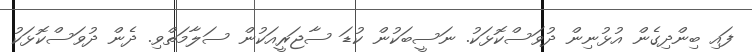
ފައި ބިންދިގެން އުޅުނިން ދުވަސްކޮޅަކު. ނަސީބަކުން ކުޑަ ސާޖަރީއަކުން ސަލާމަތްވި. ދެން ދުވަސްކޮޅަކު